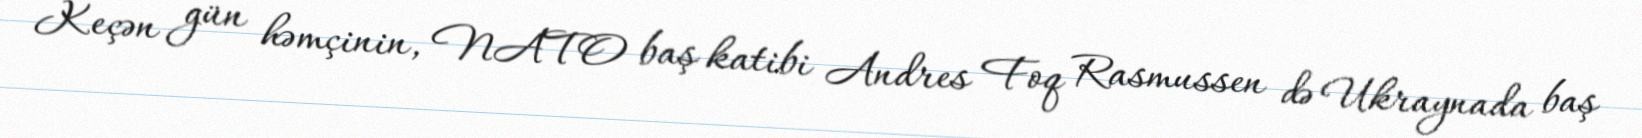
Keçən gün həmçinin, NATO baş katibi Andres Foq Rasmussen də Ukraynada baş